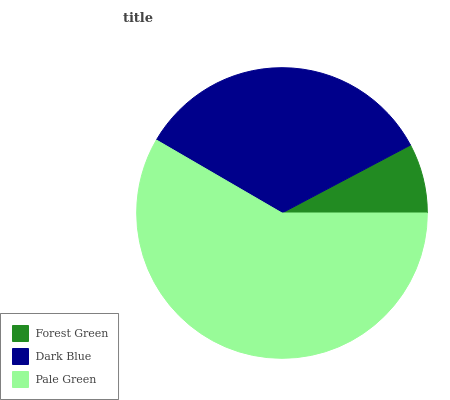
| Forest Green | Dark Blue | Pale Green |
 | --- | --- | --- |
 | 7.73% | 33.9% | 58.4% |